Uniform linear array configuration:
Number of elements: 4
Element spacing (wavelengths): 1
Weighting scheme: cosine
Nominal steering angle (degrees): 30
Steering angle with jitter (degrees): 28.348
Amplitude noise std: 0.05
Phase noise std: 0.05

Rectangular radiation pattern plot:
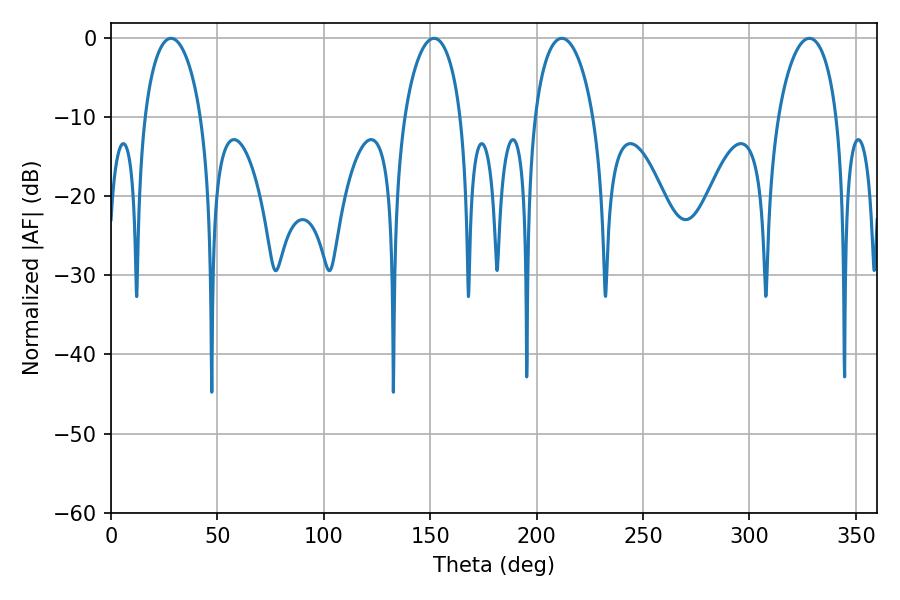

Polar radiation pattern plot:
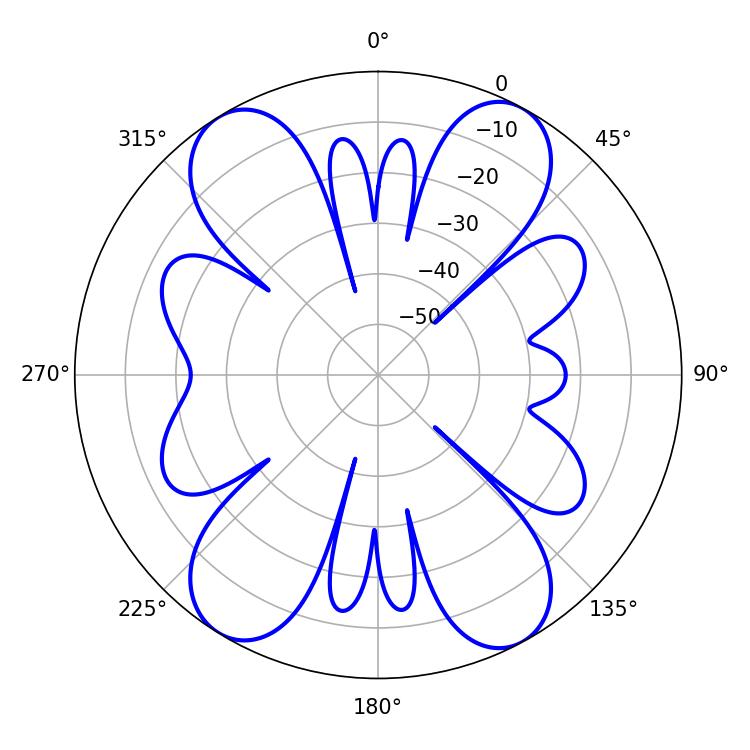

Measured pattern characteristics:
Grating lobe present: TRUE
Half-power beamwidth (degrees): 15.84
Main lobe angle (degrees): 211.86